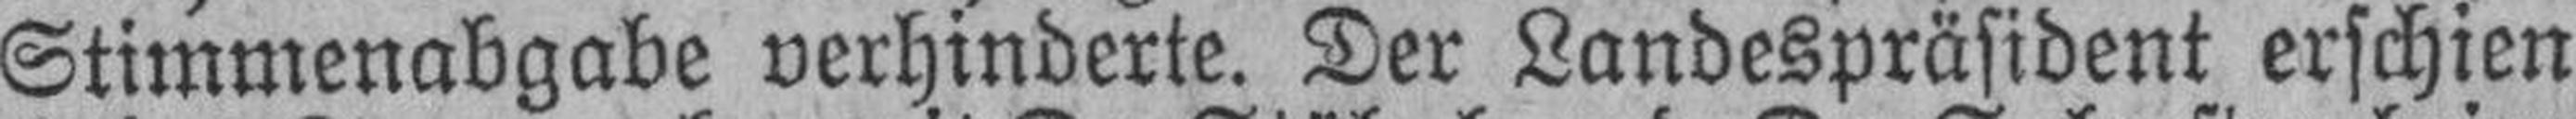
Stimmenabgabe verhinderte. Der Landespräsident erschien